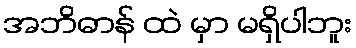
အဘိဓာန် ထဲ မှာ မရှိပါဘူး